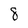
Character: 8